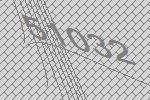
51032